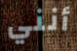
أنني